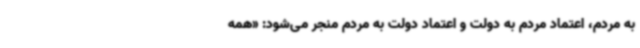
به مردم، اعتماد مردم به دولت و اعتماد دولت به مردم منجر می‌شود: «همه